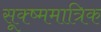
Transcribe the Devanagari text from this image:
सूक्ष्ममात्रिक